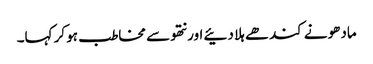
مادھو نے کندھے ہلا دئیے اور نتھو سے مخاطب ہو کر کہا۔